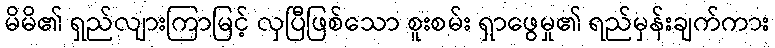
မိမိ၏ ရှည်လျားကြာမြင့် လှပြီဖြစ်သော စူးစမ်း ရှာဖွေမှု၏ ရည်မှန်းချက်ကား